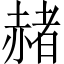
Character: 赭